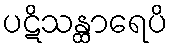
ပဋိသန္ထာရေပိ